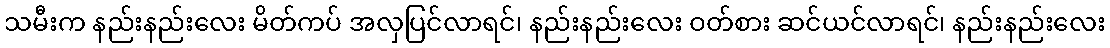
သမီးက နည်းနည်းလေး မိတ်ကပ် အလှပြင်လာရင်၊ နည်းနည်းလေး ဝတ်စား ဆင်ယင်လာရင်၊ နည်းနည်းလေး